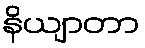
နိယျာတာ